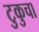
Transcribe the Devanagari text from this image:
टुकुचा